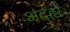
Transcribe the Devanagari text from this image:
अदह्य